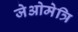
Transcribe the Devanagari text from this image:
जेओमेत्रि